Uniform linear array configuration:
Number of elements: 32
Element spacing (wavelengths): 0.5
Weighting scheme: hamming
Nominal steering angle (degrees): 0
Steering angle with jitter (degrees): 1.919
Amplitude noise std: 0.05
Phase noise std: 0.05

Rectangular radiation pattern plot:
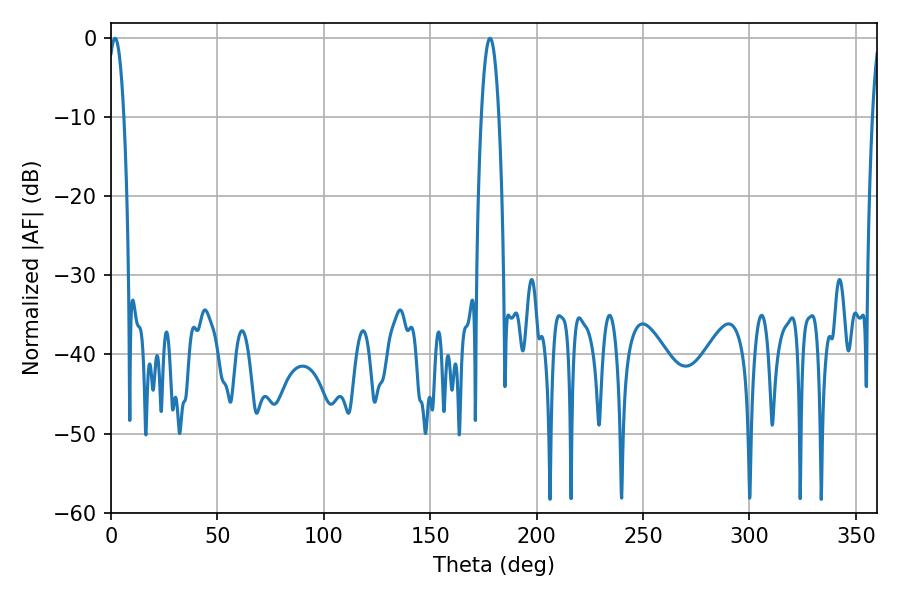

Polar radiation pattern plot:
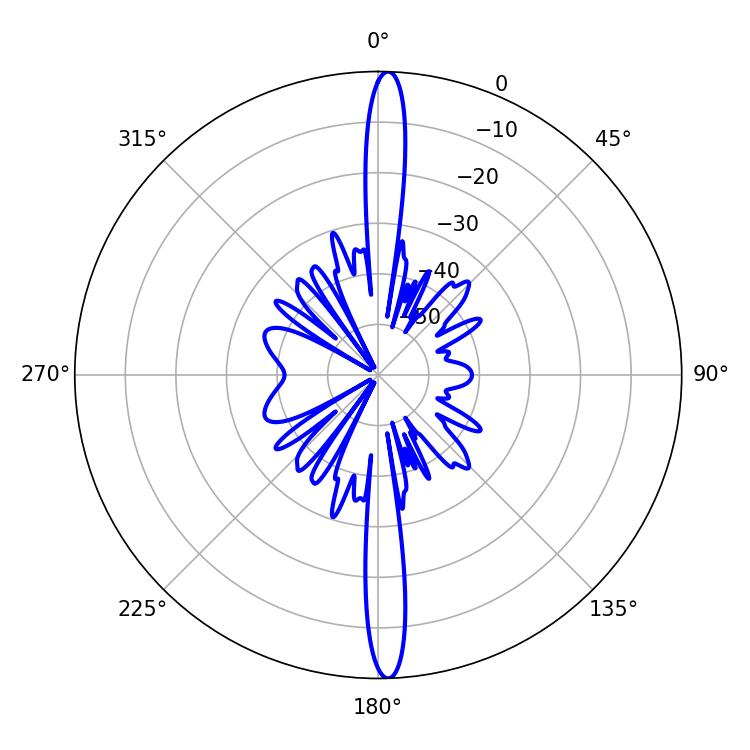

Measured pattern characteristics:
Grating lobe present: FALSE
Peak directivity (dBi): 25.566
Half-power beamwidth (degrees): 4.5
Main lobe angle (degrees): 178.02